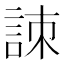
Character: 𧧒